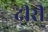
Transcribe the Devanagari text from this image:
दीरी